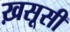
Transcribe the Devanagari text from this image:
ख़सूसी